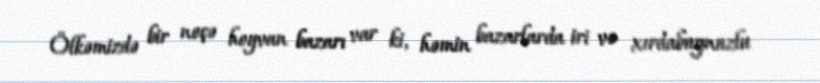
Ölkəmizdə bir neçə heyvan bazarı var ki, həmin bazarlarda iri və xırdabuynuzlu